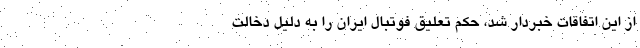
از این اتفاقات خبردار شد، حکم تعلیق فوتبال ایران را به دلیل دخالت